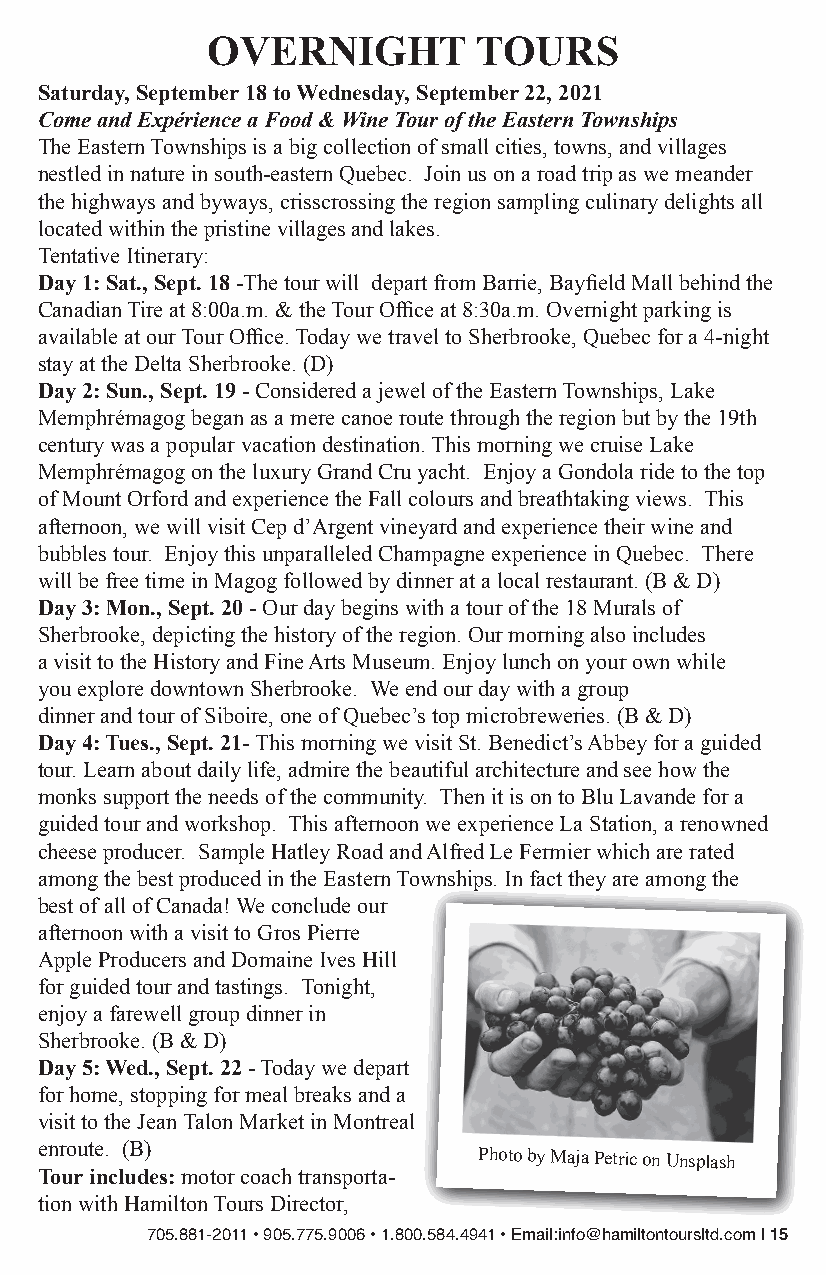
OVERNIGHT        TOURS
 Saturday, September 18 to Wednesday, September 22, 2021
 Come and Expérience a Food & Wine Tour of the Eastern Townships
 The Eastern Townships is a big collection of small cities, towns, and villages
 nestled in nature in south-eastern Quebec. Join us on a road trip as we meander
 the highways and byways, crisscrossing the region sampling culinary delights all
 located within the pristine villages and lakes.
 Tentative Itinerary:
 Day 1: Sat., Sept. 18 -The tour will depart from Barrie, Bayfield Mall behind the
 Canadian Tire at 8:00a.m. & the Tour Office at 8:30a.m. Overnight parking is
 available at our Tour Office. Today we travel to Sherbrooke, Quebec for a 4-night
 stay at the Delta Sherbrooke. (D)
 Day 2: Sun., Sept. 19 - Considered a jewel of the Eastern Townships, Lake
 Memphrémagog began as a mere canoe route through the region but by the 19th
 century was a popular vacation destination. This morning we cruise Lake
 Memphrémagog on the luxury Grand Cru yacht. Enjoy a Gondola ride to the top
 of Mount Orford and experience the Fall colours and breathtaking views. This
 afternoon, we will visit Cep d’Argent vineyard and experience their wine and
 bubbles tour. Enjoy this unparalleled Champagne experience in Quebec. There
 will be free time in Magog followed by dinner at a local restaurant. (B & D)
 Day 3: Mon., Sept. 20 - Our day begins with a tour of the 18 Murals of
 Sherbrooke, depicting the history of the region. Our morning also includes
 a visit to the History and Fine Arts Museum. Enjoy lunch on your own while
 you explore downtown Sherbrooke. We end our day with a group
 dinner and tour of Siboire, one of Quebec’s top microbreweries. (B & D)
 Day 4: Tues., Sept. 21- This morning we visit St. Benedict’s Abbey for a guided
 tour. Learn about daily life, admire the beautiful architecture and see how the
 monks support the needs of the community. Then it is on to Blu Lavande for a
 guided tour and workshop. This afternoon we experience La Station, a renowned
 cheese producer. Sample Hatley Road and Alfred Le Fermier which are rated
 among the best produced in the Eastern Townships. In fact they are among the
 best of all of Canada! We conclude our
 afternoon with a visit to Gros Pierre
 Apple Producers and Domaine Ives Hill
 for guided tour and tastings. Tonight,
 enjoy a farewell group dinner in
 Sherbrooke. (B & D)
 Day 5: Wed., Sept. 22 - Today we depart
 for home, stopping for meal breaks and a
 visit to the Jean Talon Market in Montreal
 enroute. (B)                  Photo by Maja Petric on Unsplash
 Tour includes: motor coach transporta-
 tion with Hamilton Tours Director,
 705.881-2011 • 905.775.9006 • 1.800.584.4941 • Email:info@hamiltontoursltd.com | 15